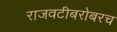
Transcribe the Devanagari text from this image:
राजवटीबरोबरच